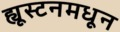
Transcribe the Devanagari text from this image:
ह्यूस्टनमधून